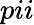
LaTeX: pii